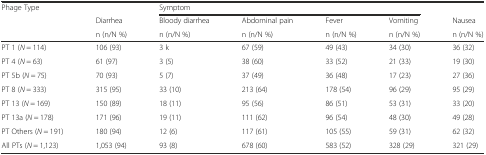
<table><thead><tr><td><b>Phage Type</b></td><td></td><td colspan="4"><b>Symptom</b></td><td></td></tr><tr><td></td><td><b>Diarrhea</b></td><td><b>Bloody diarrhea</b></td><td><b>Abdominal pain</b></td><td><b>Fever</b></td><td><b>Vomiting</b></td><td><b>Nausea</b></td></tr><tr><td></td><td><b>n (n/N %)</b></td><td><b>n (n/N %)</b></td><td><b>n (n/N %)</b></td><td><b>n (n/N %)</b></td><td><b>n (n/N %)</b></td><td><b>n (n/N %)</b></td></tr></thead><tbody><tr><td>PT 1 (<i>N</i> = 114)</td><td>106 (93)</td><td>3 k</td><td>67 (59)</td><td>49 (43)</td><td>34 (30)</td><td>36 (32)</td></tr><tr><td>PT 4 (<i>N</i> = 63)</td><td>61 (97)</td><td>3 (5)</td><td>38 (60)</td><td>33 (52)</td><td>21 (33)</td><td>19 (30)</td></tr><tr><td>PT 5b (<i>N</i> = 75)</td><td>70 (93)</td><td>5 (7)</td><td>37 (49)</td><td>36 (48)</td><td>17 (23)</td><td>27 (36)</td></tr><tr><td>PT 8 (<i>N</i> = 333)</td><td>315 (95)</td><td>33 (10)</td><td>213 (64)</td><td>178 (54)</td><td>96 (29)</td><td>95 (29)</td></tr><tr><td>PT 13 (<i>N</i> = 169)</td><td>150 (89)</td><td>18 (11)</td><td>95 (56)</td><td>86 (51)</td><td>53 (31)</td><td>33 (20)</td></tr><tr><td>PT 13a (<i>N</i> = 178)</td><td>171 (96)</td><td>19 (11)</td><td>111 (62)</td><td>96 (54)</td><td>48 (30)</td><td>49 (28)</td></tr><tr><td>PT Others (<i>N</i> = 191)</td><td>180 (94)</td><td>12 (6)</td><td>117 (61)</td><td>105 (55)</td><td>59 (31)</td><td>62 (32)</td></tr><tr><td>All PTs (<i>N</i> = 1,123)</td><td>1,053 (94)</td><td>93 (8)</td><td>678 (60)</td><td>583 (52)</td><td>328 (29)</td><td>321 (29)</td></tr></tbody></table>